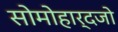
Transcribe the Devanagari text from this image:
सोमोहार्दजो